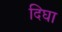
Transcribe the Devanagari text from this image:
दिघा